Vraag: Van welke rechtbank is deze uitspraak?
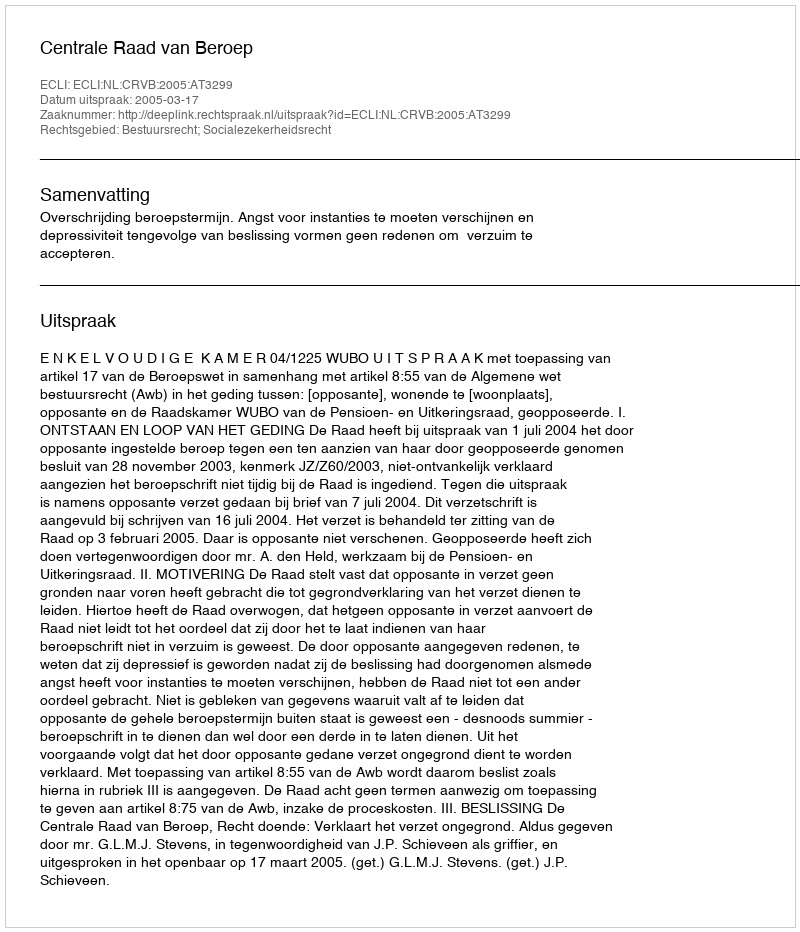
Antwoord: Centrale Raad van Beroep